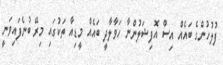
ފުލުހުންގެ ބައެއް އިސް އޮފިޝަލުންނާ ހަވާލާދީ ބައެއް މީޑިއާ ތަކުގައި މިރޭ ބުނެފައިވަނީ